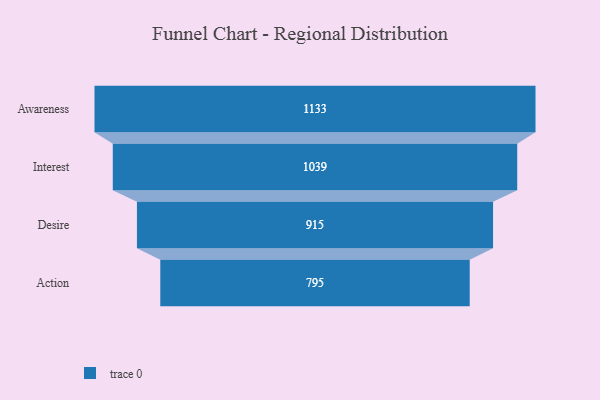
{"axis": {"x": "Stage", "y": "Value"}, "legend": [""], "data": [{"x": "Awareness", "y": 1133.0, "type": ""}, {"x": "Interest", "y": 1039.0, "type": ""}, {"x": "Desire", "y": 915.0, "type": ""}, {"x": "Action", "y": 795.0, "type": ""}]}